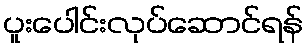
ပူးပေါင်းလုပ်ဆောင်ရန်